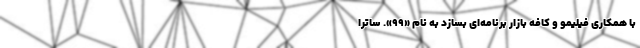
با همکاری فیلیمو و کافه بازار برنامه‌ای بسازد به نام «99». ساترا